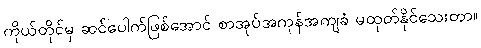
ကိုယ်တိုင်မှ ဆင်ပေါက်ဖြစ်အောင် စာအုပ်အကုန်အကျခံ မထုတ်နိုင်သေးတာ။